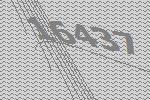
16437